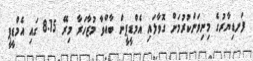
ފަނޑިޔާރުގެ މިނިވަންކުރުމަށް ގޮވާލައި އެމްޑީޕީން ބާއްވާ މުޒާހަރާ މިރޭ 8.15 ގައި އެމްޑީޕީ